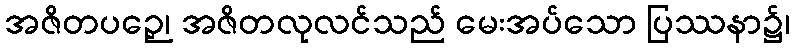
အဇိတပဉှေ၊ အဇိတလုလင်သည် မေးအပ်သော ပြဿနာ၌၊